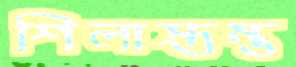
শিলাস্তম্ভ